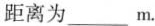
距离为___m.